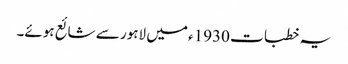
یہ خطبات 1930ء میں لاہور سے شائع ہوئے۔